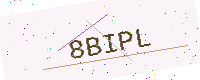
Text: 8BIPL